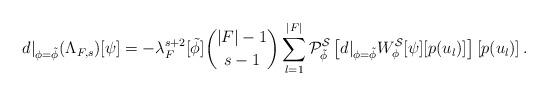
LaTeX: \begin{align*}d|_{\phi=\tilde{\phi}}(\Lambda_{F,s})[\psi]=-\lambda_F^{s+2}[\tilde{\phi}]\binom{|F|-1}{s-1}\sum_{l=1}^{|F|}\mathcal P^{\mathcal S}_{\tilde{\phi}}\left[d|_{\phi=\tilde{\phi}}W^{\mathcal S}_{\phi}[\psi][p(u_l)]\right]\left[p(u_l)\right].\end{align*}